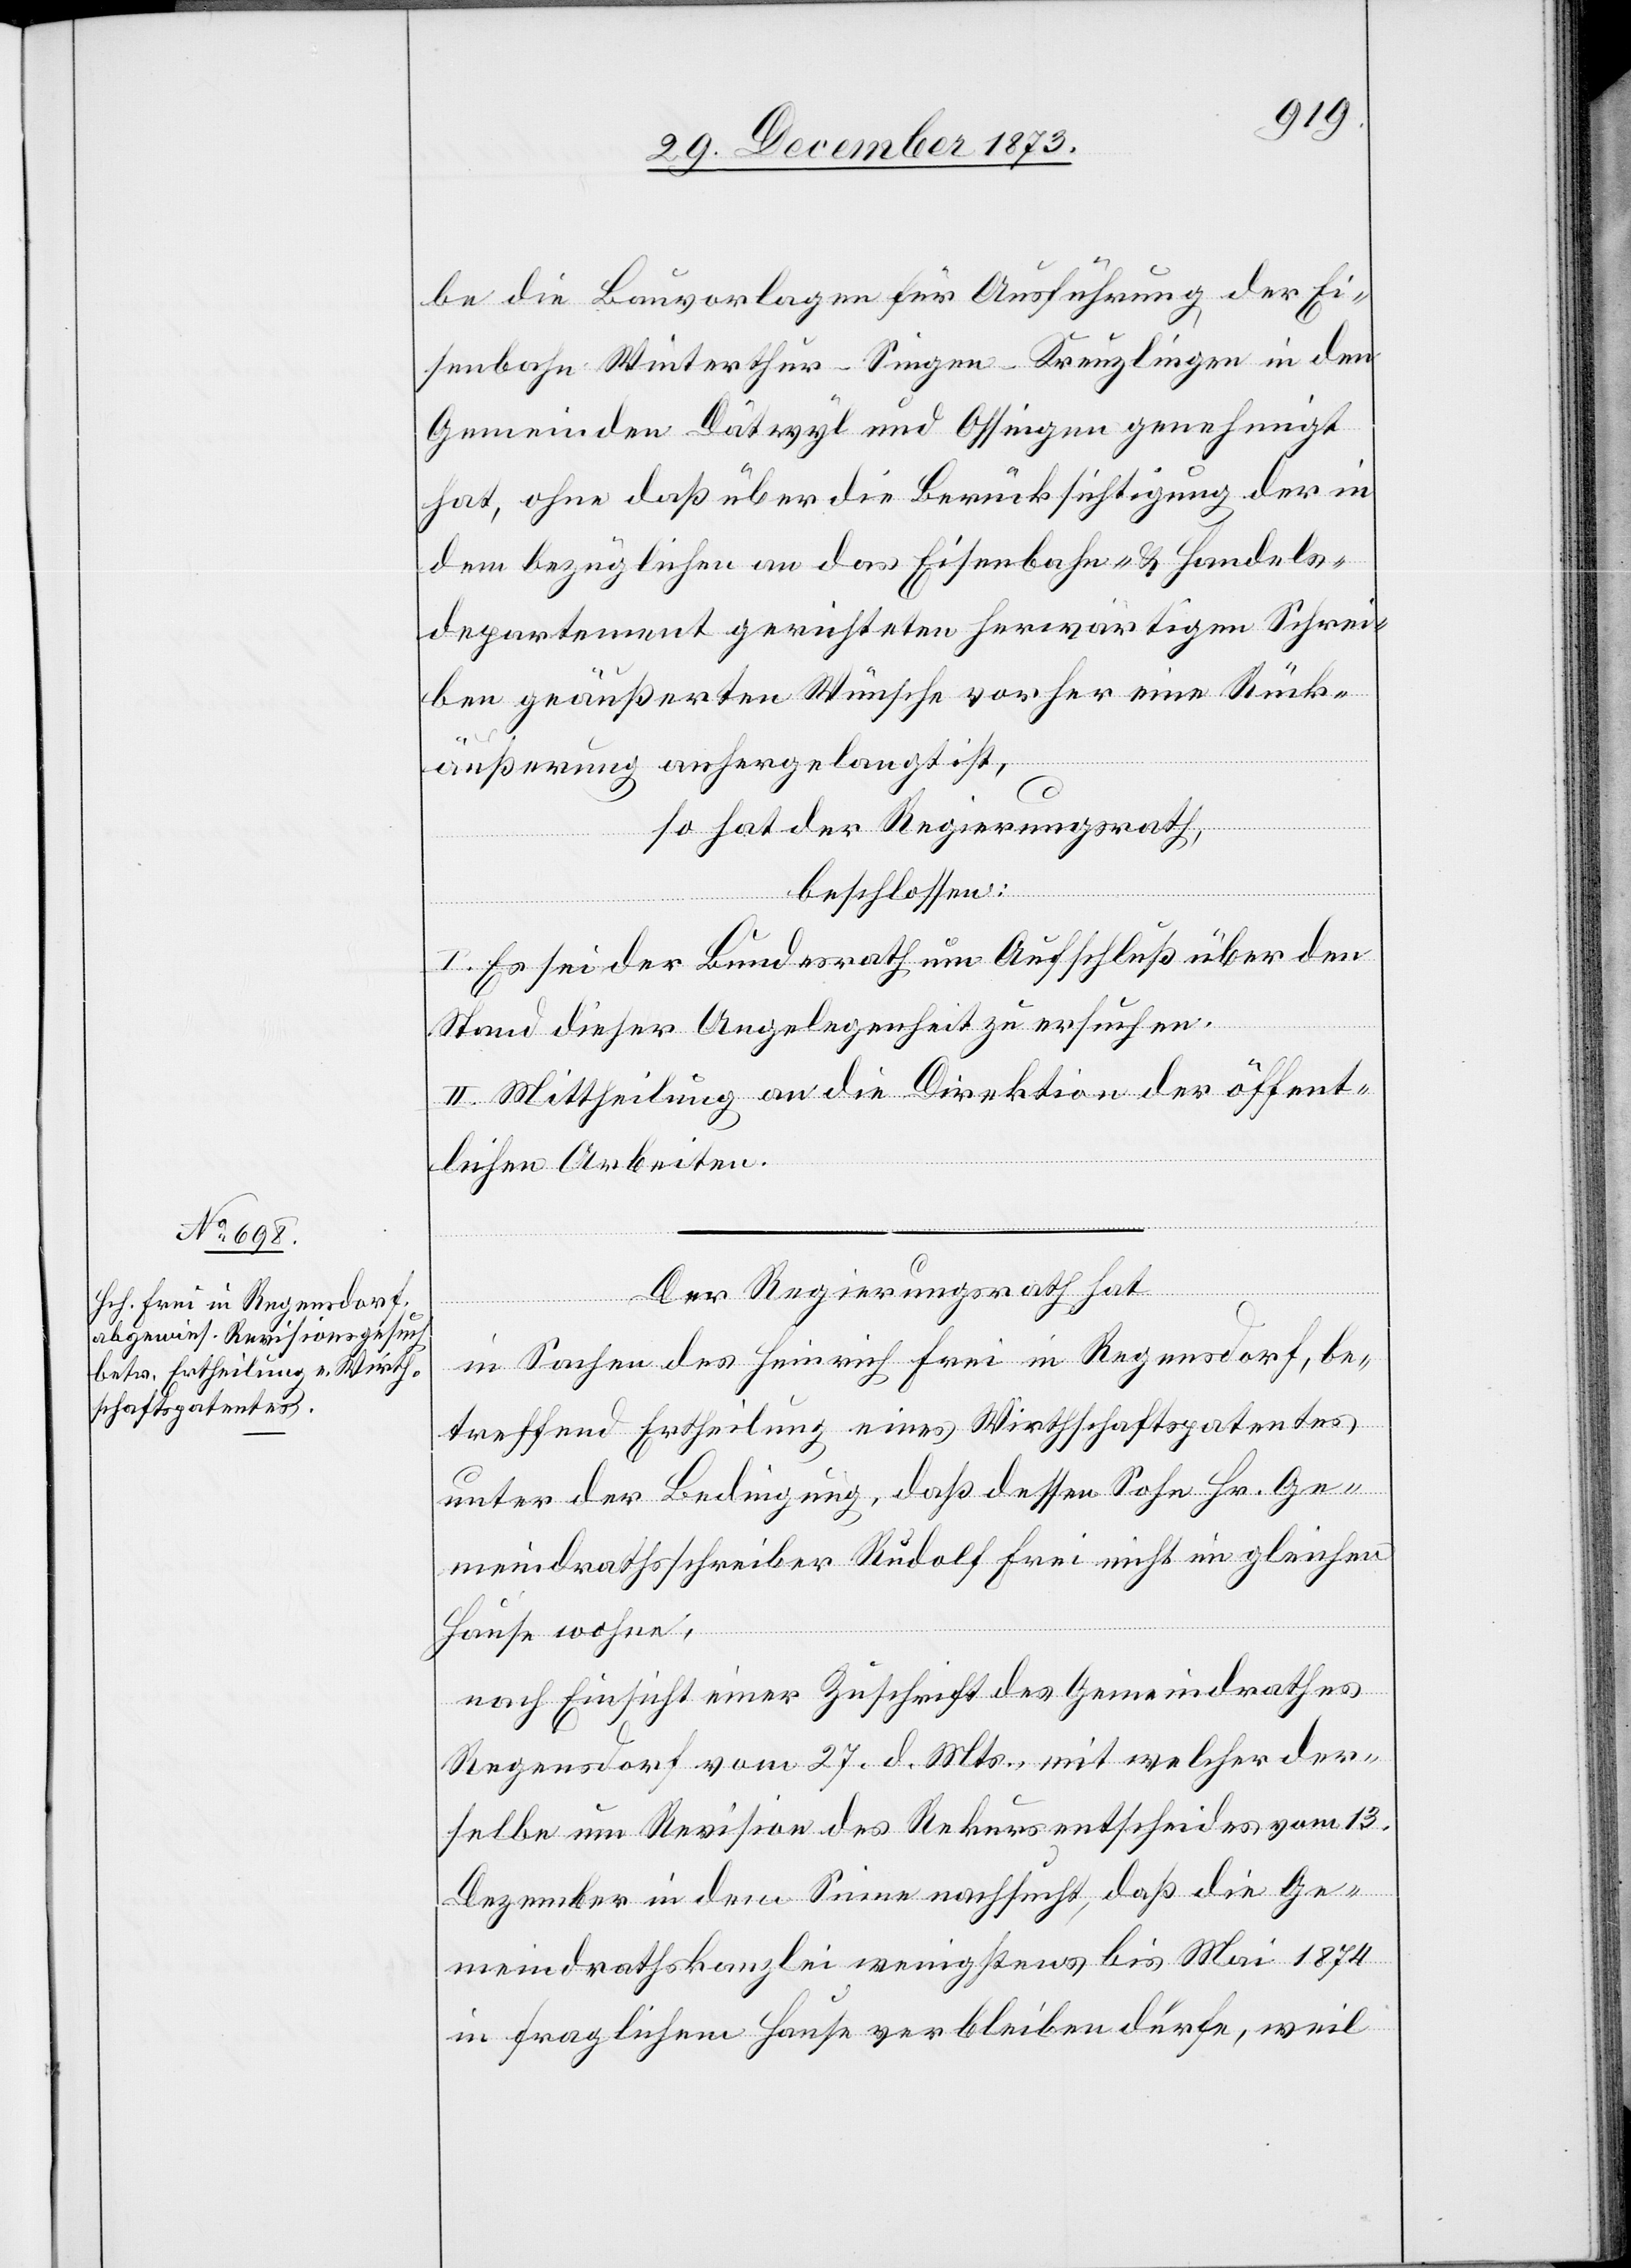
be die Bauvorlagen für Ausführung der Ei¬
senbahn Winterthur–Singen–Kreuzlingen in den
Gemeinden Dätwyl und Ossingen genehmigt
hat, ohne daß über die Berücksichtigung der in
dem bezüglichen an das Eisenbahn- & Handels¬
departement gerichteten herwärtigen Schrei¬
ben geäußerten Wünsche vorher eine Rück¬
äußerung anhergelangt ist,
so hat der Regierungsrath,
beschlossen:
I. Es sei der Bundesrath um Aufschluß über den
Stand dieser Angelegenheit zu ersuchen.
II. Mittheilung an die Direktion der öffent¬
lichen Arbeiten.
Der Regierungsrath hat
in Sachen des Heinrich Frei in Regensdorf, be¬
treffend Ertheilung eines Wirthschaftspatentes
unter der Bedingung, daß dessen Sohn Hr. Ge¬
meindrathsschreiber Rudolf Frei nicht im gleichen
Hause wohne,
nach Einsicht einer Zuschrift des Gemeindrathes
Regensdorf vom 27. d. Mts., mit welcher der¬
selben um Revision des Rekursentscheides vom 13.
Dezember in dem Sinne nachsucht, das die Ge¬
meindrathskanzlei wenigstens bis Mai 1874
in fraglichem Hause verbleiben dürfe, weil